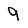
Character: 9